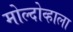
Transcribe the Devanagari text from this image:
मोल्दोव्हाला